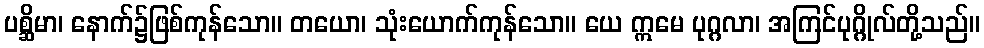
ပစ္ဆိမာ၊ နောက်၌ဖြစ်ကုန်သော။ တယော၊ သုံးယောက်ကုန်သော။ ယေ ဣမေ ပုဂ္ဂလာ၊ အကြင်ပုဂ္ဂိုလ်တို့သည်။